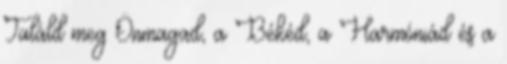
Találd meg Önmagad, a Békéd, a Harmóniád és a